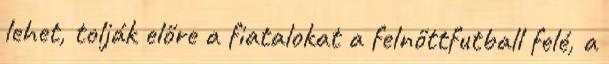
lehet, tolják előre a fiatalokat a felnőttfutball felé, a